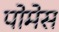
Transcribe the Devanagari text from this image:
पोमेस